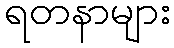
ရတနာများ